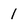
Character: 1